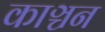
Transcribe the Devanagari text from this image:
काञ्चन